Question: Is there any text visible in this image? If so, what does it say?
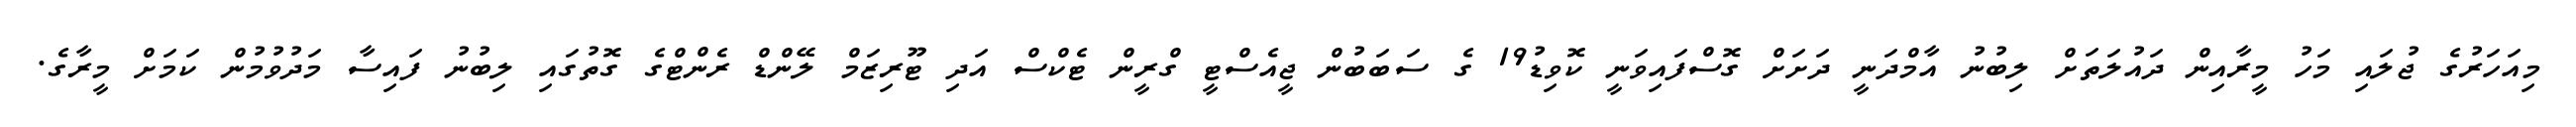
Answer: މިއަހަރުގެ ޖުލައި މަހު މީރާއިން ދައުލަތަށް ލިބުނު އާމްދަނީ ދަށަށް ގޮސްފައިވަނީ ކޮވިޑު19 ގެ ސަބަބުން ޖީއެސްޓީ ގްރީން ޓެކްސް އަދި ޓޫރިޒަމް ލޭންޑް ރެންޓްގެ ގޮތުގައި ލިބުނު ފައިސާ މަދުވުމުން ކަމަށް މީރާގެ.